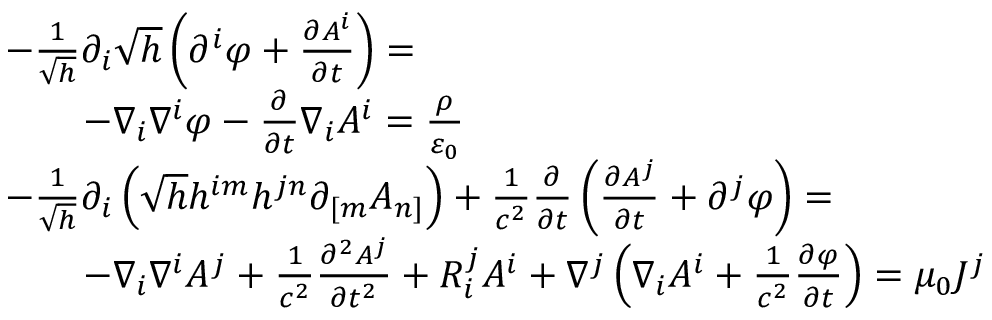
{ \begin{array} { r l } & { { - } { \frac { 1 } { \sqrt { h } } } \partial _ { i } { \sqrt { h } } \left( \partial ^ { i } \varphi + { \frac { \partial A ^ { i } } { \partial t } } \right) = } \\ & { \qquad - \nabla _ { i } \nabla ^ { i } \varphi - { \frac { \partial } { \partial t } } \nabla _ { i } A ^ { i } = { \frac { \rho } { \varepsilon _ { 0 } } } } \\ & { { - } { \frac { 1 } { \sqrt { h } } } \partial _ { i } \left( { \sqrt { h } } h ^ { i m } h ^ { j n } \partial _ { [ m } A _ { n ] } \right) + { \frac { 1 } { c ^ { 2 } } } { \frac { \partial } { \partial t } } \left( { \frac { \partial A ^ { j } } { \partial t } } + \partial ^ { j } \varphi \right) = } \\ & { \qquad { - } \nabla _ { i } \nabla ^ { i } A ^ { j } + { \frac { 1 } { c ^ { 2 } } } { \frac { \partial ^ { 2 } A ^ { j } } { \partial t ^ { 2 } } } + R _ { i } ^ { j } A ^ { i } + \nabla ^ { j } \left( \nabla _ { i } A ^ { i } + { \frac { 1 } { c ^ { 2 } } } { \frac { \partial \varphi } { \partial t } } \right) = \mu _ { 0 } J ^ { j } } \end{array} }